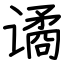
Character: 谲